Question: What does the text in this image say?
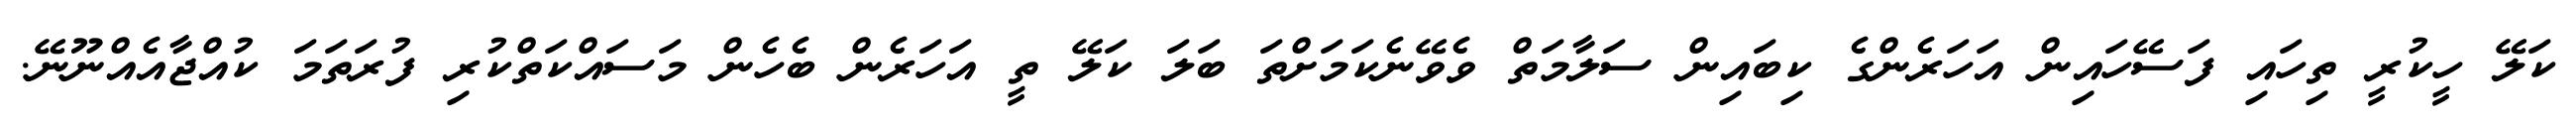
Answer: ކަލޭ ހީކުރީ ތިހައި ފަސޭހައިން އަހަރެންގެ ކިބައިން ސަލާމަތް ވެވޭނެކަމަށްތަ ބަލަ ކަލޭ ތީ އަހަރެން ބެހެން މަސައްކަތްކުރި ފުރަތަމަ ކުއްޖާއެއްނޫނޭ.